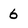
Character: 6